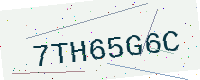
Text: 7TH65G6C